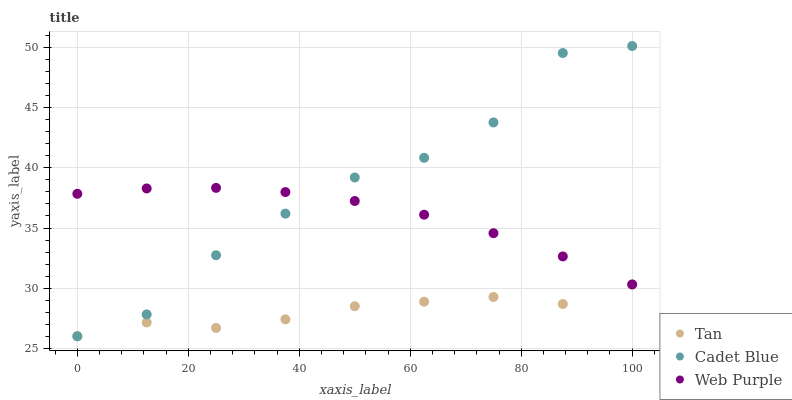
| xaxis_label | Tan | Cadet Blue | Web Purple |
 | --- | --- | --- | --- |
 | 0 | 26 | 26 | 37.8 |
 | 12.5 | 27.1 | 27.8 | 38.3 |
 | 25 | 26.7 | 32.7 | 38.3 |
 | 37.5 | 27.4 | 36.2 | 38 |
 | 50 | 28.5 | 39.2 | 37.2 |
 | 62.5 | 28.9 | 40.8 | 36.1 |
 | 75 | 29.3 | 43.8 | 34.6 |
 | 87.5 | 28.7 | 49.6 | 32.6 |
 | 100 | 30.3 | 50.1 | 30.3 |